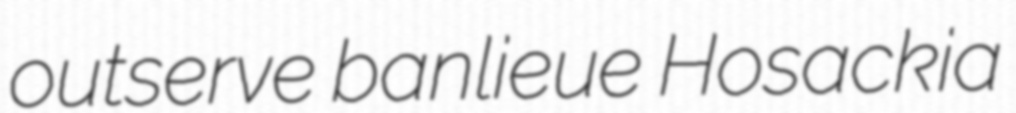
outserve banlieue Hosackia